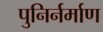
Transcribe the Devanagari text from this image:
पुनिर्नर्माण